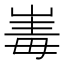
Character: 𭖪